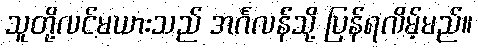
သူတို့လင်မယားသည် အင်္ဂလန်သို့ ပြန်ရလိမ့်မည်။